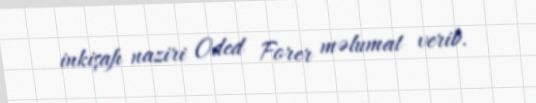
inkişafı naziri Oded Forer məlumat verib.